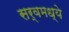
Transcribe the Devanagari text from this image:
सर्वमध्ये